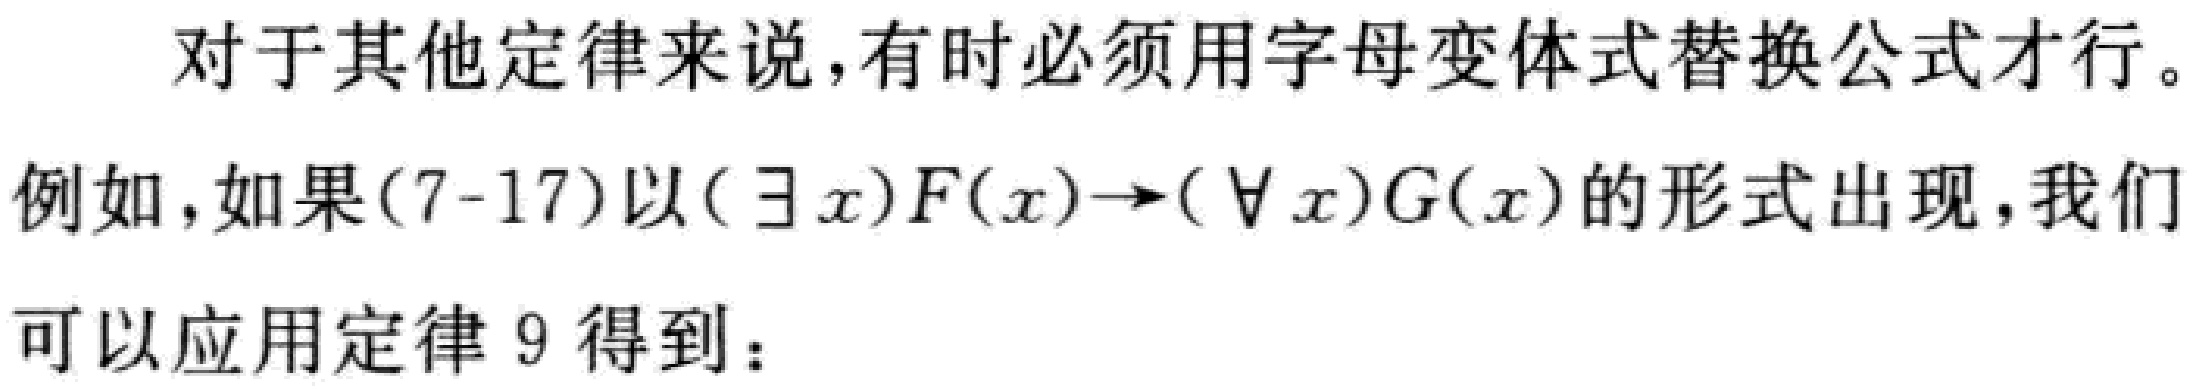
对于其他定律来说,有时必须用字母变体式替换公式才行。
例如,如果(7-17)以$(\exists x)F(x)\to(\forall x)G(x)$的形式出现,我们
可以应用定律 9 得到：